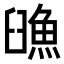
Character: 𩶿